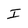
Character: I